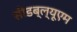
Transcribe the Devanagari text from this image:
सीडब्ल्यूएम